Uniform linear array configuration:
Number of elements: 12
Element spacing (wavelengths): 1
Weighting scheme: uniform
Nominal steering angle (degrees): -45
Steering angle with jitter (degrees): -45.678
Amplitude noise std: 0.05
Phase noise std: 0.05

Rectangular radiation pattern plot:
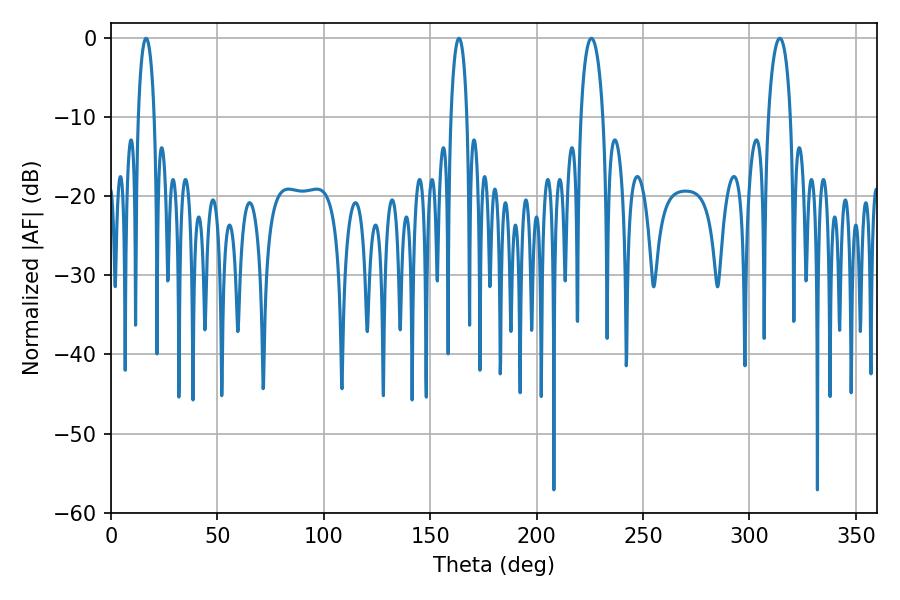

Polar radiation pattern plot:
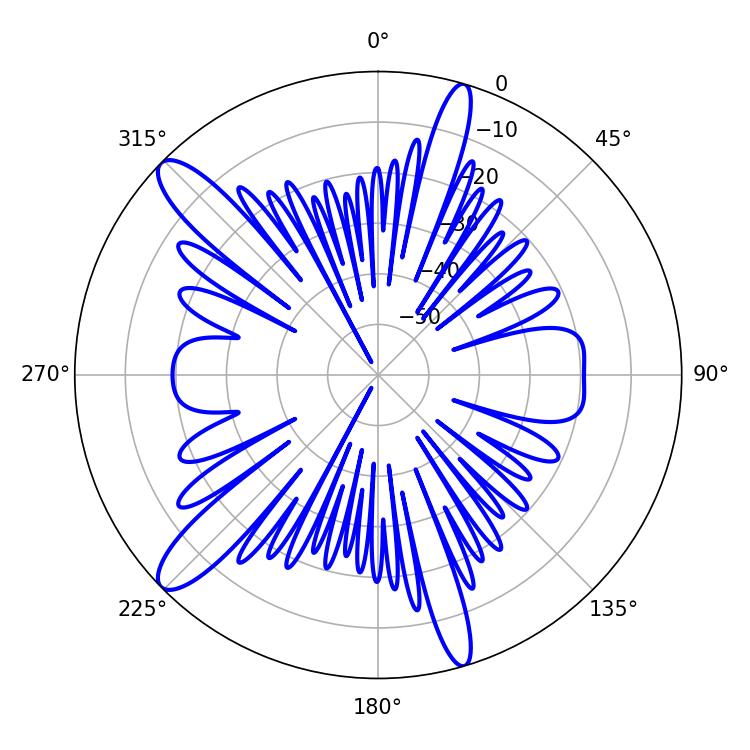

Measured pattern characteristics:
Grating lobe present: TRUE
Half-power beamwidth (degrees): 5.94
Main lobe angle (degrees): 314.28